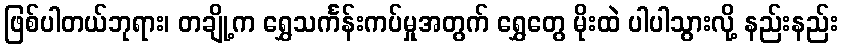
ဖြစ်ပါတယ်ဘုရား၊ တချို့က ရွှေသင်္ကန်းကပ်မှုအတွက် ရွှေတွေ မိုးထဲ ပါပါသွားလို့ နည်းနည်း